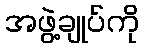
အဖွဲ့ချုပ်ကို